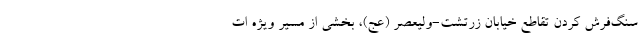
سنگ‌فرش کردن تقاطع خیابان زرتشت-ولیعصر (عج)، بخشی از مسیر ویژه ات